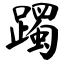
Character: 躅